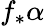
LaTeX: f_{*}\alpha